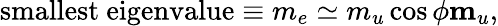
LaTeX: \mathrm{smallest\ eigenvalue}\equiv m_{e}\simeq m_{u}\cos\phi\le m_{u},